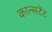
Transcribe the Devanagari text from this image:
कान्सटेंट